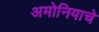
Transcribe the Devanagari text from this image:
अमोनियाचे